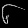
Digit: ၆